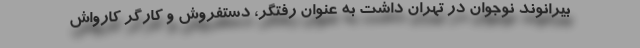
بیرانوندِ نوجوان در تهران داشت به عنوان رفتگر، دستفروش و کارگر کارواش